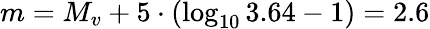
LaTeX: m=M_{v}+5\cdot(\log_{10}3.64-1)=2.6